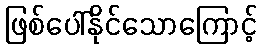
ဖြစ်ပေါ်နိုင်သောကြောင့်